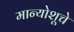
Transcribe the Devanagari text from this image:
मान्योशूचे